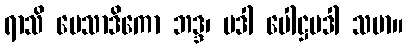
ရာသိ မေသာဒိကော ဘဒ္ဒ၊ ပဒါ ပေါဋ္ဌပဒါ သမာ။